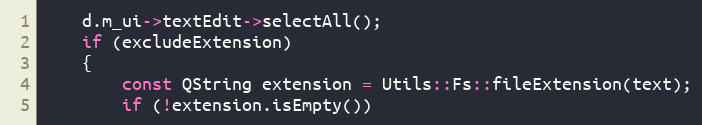
Language: C++
    d.m_ui->textEdit->selectAll();
    if (excludeExtension)
    {
        const QString extension = Utils::Fs::fileExtension(text);
        if (!extension.isEmpty())